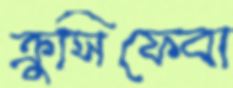
ক্রুসিফেবা